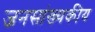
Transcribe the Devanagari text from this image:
जनसांख्यकीय